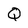
Character: Q